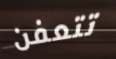
تتعفن